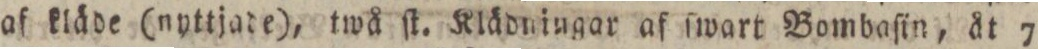
af kläde (nyttjade), twå ſt. Klädningar af ſwart Bombaſin, åt 7